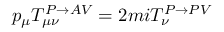
p _ { \mu } T _ { \mu \nu } ^ { P \rightarrow A V } = 2 m i T _ { \nu } ^ { P \rightarrow P V }